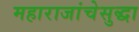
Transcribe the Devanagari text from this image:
महाराजांचेसुद्धा